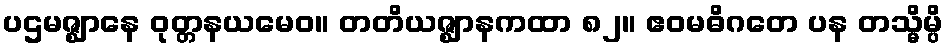
ပဌမဇ္ဈာနေ ဝုတ္တနယမေဝ။ တတိယဇ္ဈာနကထာ ၈၂။ ဧဝမဓိဂတေ ပန တသ္မိမ္ပိ